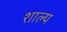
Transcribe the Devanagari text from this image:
शाल्य